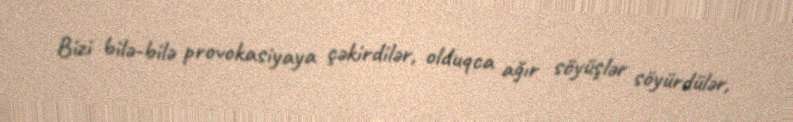
Bizi bilə-bilə provokasiyaya çəkirdilər, olduqca ağır söyüşlər söyürdülər,